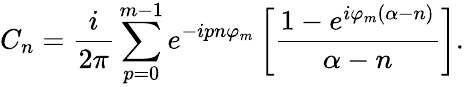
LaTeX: C_{n}=\frac{i}{2\pi}\sum_{p=0}^{m-1}e^{-ipn\varphi_{m}}\left[\frac{1-e^{i\varphi_{m}(\alpha-n)}}{\alpha-n}\right].